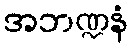
အဘဏ္ဍနံ